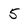
Character: 5